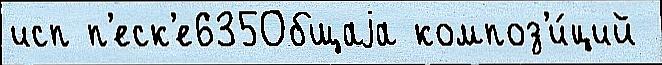
исп п'еск'е635Общаjа композ'и́ций